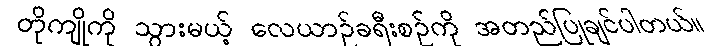
တိုကျိုကို သွားမယ့် လေယာဉ်ခရီးစဉ်ကို အတည်ပြုချင်ပါတယ်။